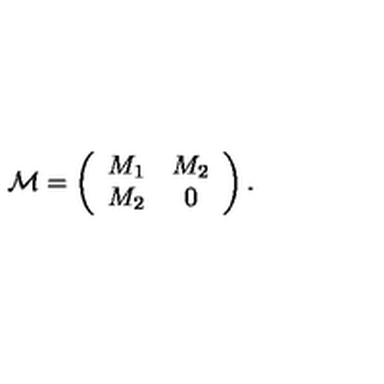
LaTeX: { \cal M } = \left( \begin{array} { c c } { M _ { 1 } } & { M _ { 2 } } \\ { M _ { 2 } } & { 0 } \\ \end{array} \right) .